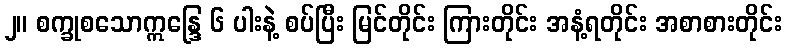
၂။ စက္ခုစသောဣန္ဒြေ ၆ ပါးနဲ့ စပ်ပြီး မြင်တိုင်း ကြားတိုင်း အနံ့ရတိုင်း အစာစားတိုင်း